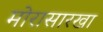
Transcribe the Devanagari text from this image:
मोरासारखा